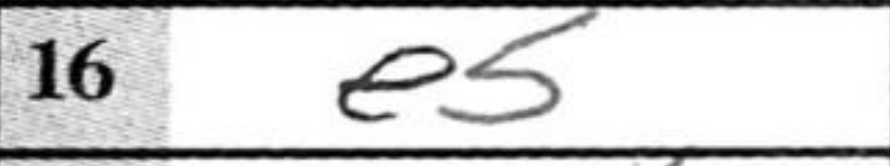
Transcription: e5